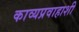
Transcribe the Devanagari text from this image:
काव्यप्रवाहाशी